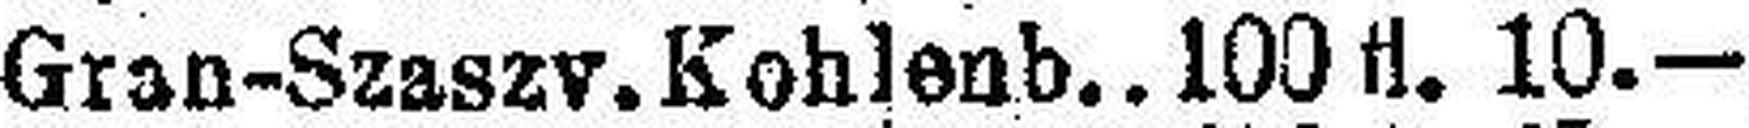
Gran-Szaszv. Kohlenb. 100 fl. 10.—